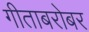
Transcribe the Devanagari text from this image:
गीताबरोबर